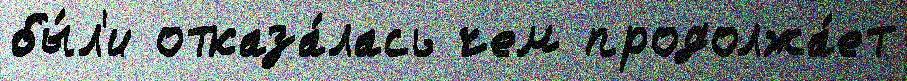
бы́л'и отказа́лась чем продолжа́ет